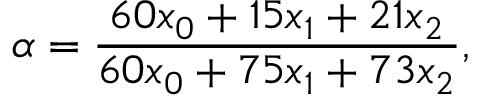
\alpha = \frac { 6 0 x _ { 0 } + 1 5 x _ { 1 } + 2 1 x _ { 2 } } { 6 0 x _ { 0 } + 7 5 x _ { 1 } + 7 3 x _ { 2 } } ,